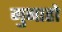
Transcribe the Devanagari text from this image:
गुनाहो